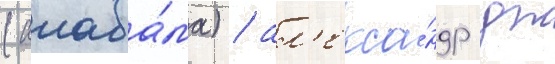
(алаба́ма) / ал'екса́ндр дж